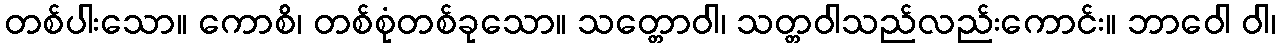
တစ်ပါးသော။ ကောစိ၊ တစ်စုံတစ်ခုသော။ သတ္တောဝါ၊ သတ္တဝါသည်လည်းကောင်း။ ဘာဝေါ ဝါ၊